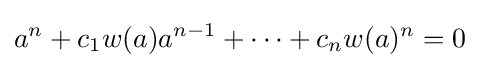
a^{n}+c_{1}w(a)a^{n-1}+\cdots +c_{n}w(a)^{n}=0